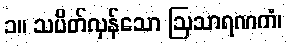
၁။ သပိတ်လှန်သော ဩသာရဏကံ၊